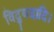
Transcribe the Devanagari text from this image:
विद्युदादि।